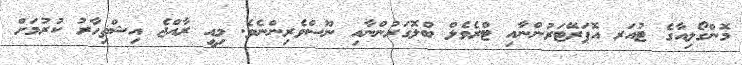
މޮންގޯލިއާގެ ޓުއަރ އޮޕަރޭޓަރުންނާއި ޓްރެވެލް ބްލޮގަރުންނާއި ނޫސްވެރިންނެވެ. މިއީ ރާއްޖެ އިޝްތިހާރު ކުރުމަށް